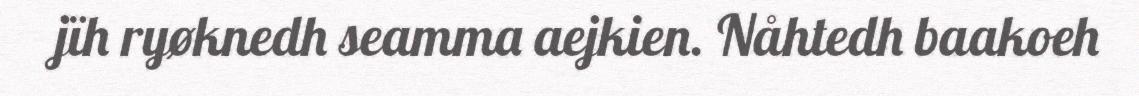
jïh ryøknedh seamma aejkien. Nåhtedh baakoeh